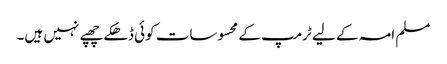
مسلم امہ کے لیے ٹرمپ کے محسوسات کوئی ڈھکے چھپے نہیں ہیں۔